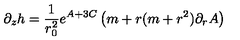
\partial _ { z } h = \frac { 1 } { r _ { 0 } ^ { 2 } } e ^ { A + 3 C } \left( m + r ( m + r ^ { 2 } ) \partial _ { r } A \right)